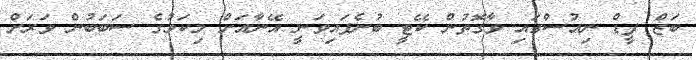
ބަޒް ފީޑް ނިއުސްގައި ވާގޮތުން ކޭޓީ ބުނެފައިވަނީ އޭނާއަށް މިކަމުގެ ސަބަބުން ވަރަށް